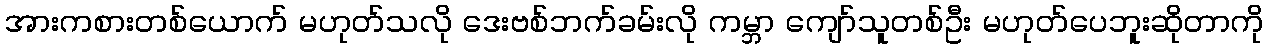
အားကစားတစ်ယောက် မဟုတ်သလို ဒေးဗစ်ဘက်ခမ်းလို ကမ္ဘာ ကျော်သူတစ်ဦး မဟုတ်ပေဘူးဆိုတာကို